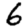
Digit: 6